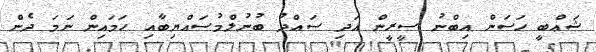
ޝަޢްބީ ޙަސަން އިބްނު ސީރީން އަދި ސަޢްދު ބުނުލްމުސައްޔިބާއި ހަމައިން ނަމަ ދެން